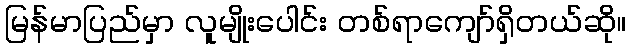
မြန်မာပြည်မှာ လူမျိုးပေါင်း တစ်ရာကျော်ရှိတယ်ဆို။